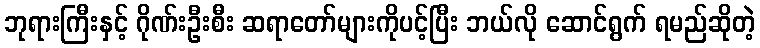
ဘုရားကြီးနှင့် ဂိုဏ်းဦးစီး ဆရာတော်များကိုပင့်ပြီး ဘယ်လို ဆောင်ရွက် ရမည်ဆိုတဲ့